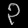
Digit: ၃